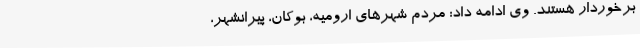
برخوردار هستند. وی ادامه داد: مردم شهرهای ارومیه، بوکان، پیرانشهر،